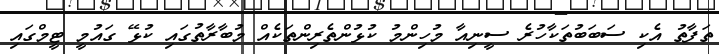
ތަފާތު އެކި ސަބަބުތަކާހުރެ ސީނިއާ މުހިންމު ކުޅުންތެރިންތަކެއް މުބާރާތުގައި ކުޅޭ ގައުމީ ޓީމްގައި